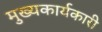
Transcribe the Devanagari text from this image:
मुख्यकार्यकारी